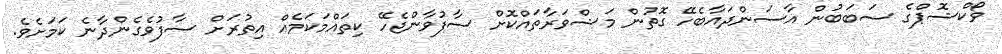
ވޯކްޝޮޕްގެ ސަބަބުން އާސަންދައާބެހޭ ގޮތުން މަޝްވަރާތައްކޮށް ސާފުވާންޖެހޭ ކިތައްމަކަމެއް އިތުރަށް ސާފުވެގެންދާނެ ކަމަށެވެ.